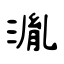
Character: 湚